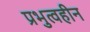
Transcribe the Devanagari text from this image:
प्रभुत्वहीन